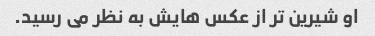
او شیرین تر از عکس هایش به نظر می رسید.